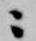
ニ